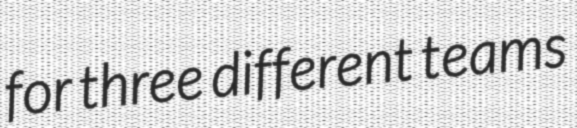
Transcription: for three different teams